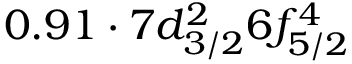
0 . 9 1 \cdot 7 d _ { 3 / 2 } ^ { 2 } 6 f _ { 5 / 2 } ^ { 4 }